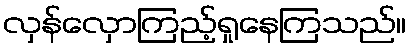
လှန်လှောကြည့်ရှုနေကြသည်။